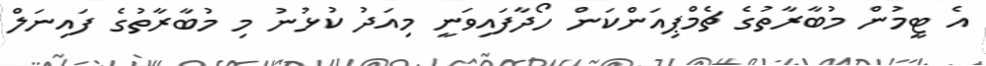
އެ ޓީމުން މުބާރާތުގެ ޗެމްޕިއަންކަން ހޯދާފައިވަނީ މިއަދު ކުޅުނު މި މުބާރާތުގެ ފައިނަލް